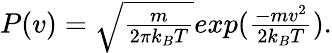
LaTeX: \begin{array}{r}{P(v)=\sqrt{\frac{m}{2\pi k_{B}T}}exp(\frac{-mv^{2}}{2k_{B}T}).}\end{array}